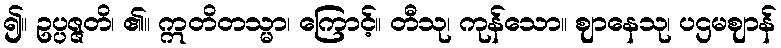
၍။ ဥပ္ပဇ္ဇတိ၊ ၏။ ဣတိတသ္မာ၊ ကြောင့်။ တီသု၊ ကုန်သော။ ဈာနေသု၊ ပဌမဈာန်